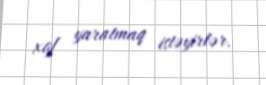
xof yaratmaq istəyirlər.